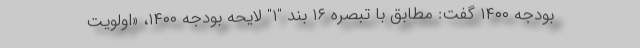
بودجه ۱۴۰۰ گفت: مطابق با تبصره ۱۶ بند "۱" لایحه بودجه ۱۴۰۰، «اولویت